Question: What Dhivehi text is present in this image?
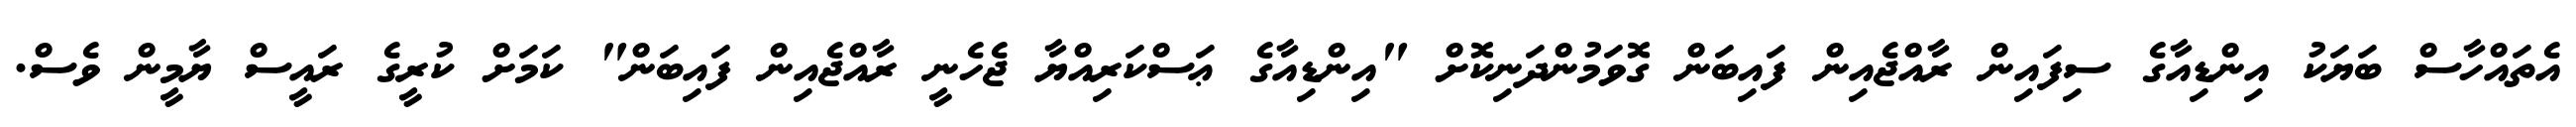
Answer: އެތައްހާސް ބަޔަކު އިންޑިއާގެ ސިފައިން ރާއްޖެއިން ފައިބަން ގޮވަމުންދަނިކޮށް "އިންޑިއާގެ ޢަސްކަރިއްޔާ ޖެހެނީ ރާއްޖެއިން ފައިބަން" ކަމަށް ކުރީގެ ރައީސް ޔާމީން ވެސް.